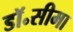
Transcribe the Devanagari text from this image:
डॉ॰सीमा